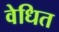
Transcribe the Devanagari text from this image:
वेधित